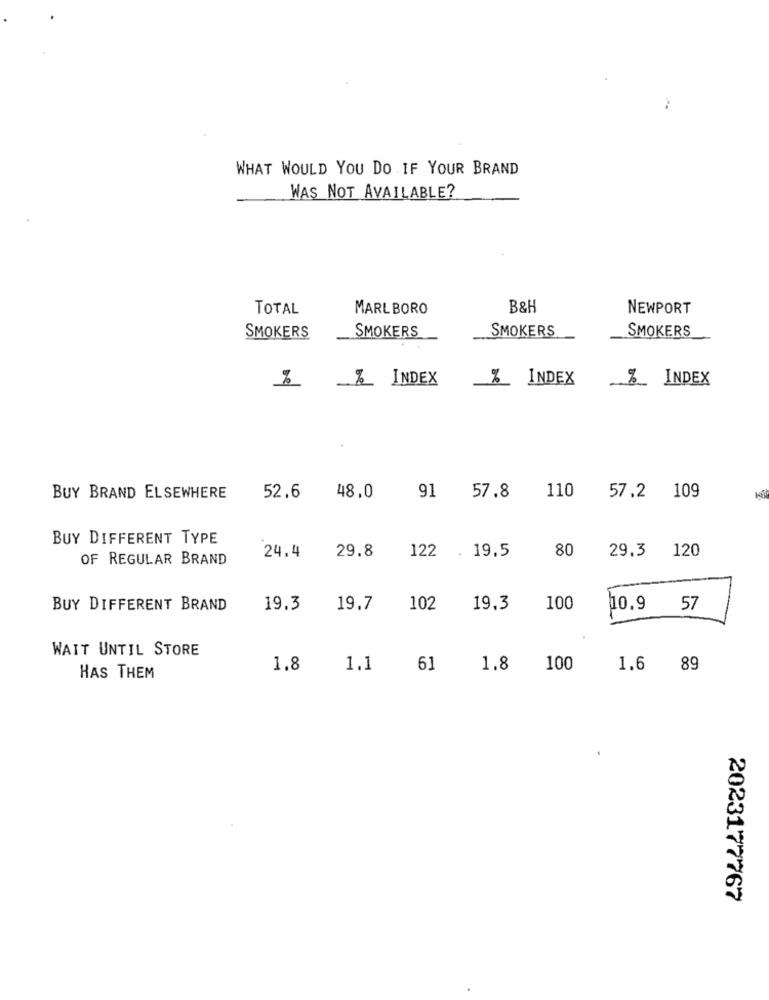
WHAT WOULD YOU DO IF YOUR BRAND
WAS NOT AVAILABLE?
TOTAL
MARLBORO
B&H
NEWPORT
SMOKERS
SMOKERS
SMOKERS
SMOKERS
_% INDEX
% INDEX
%_ INDEX
BUY BRAND ELSEWHERE
52.6
48,0
91
57.8
110
57,2 109
BUY DIFFERENT TYPE
122 . 19.5
80
29.3 120
OF REGULAR BRAND
24.4
29.8
BUY DIFFERENT BRAND
19.3
19.7
102
19.3
100
10.9 57
WAIT UNTIL STORE
1.8
1.1
61
1.8
100
1.6
89
HAS THEM
2023177767